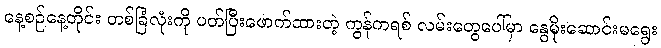
နေ့စဉ်နေ့တိုင်း တစ်ခြံလုံးကို ပတ်ပြီးဖောက်ထားတဲ့ ကွန်ကရစ် လမ်းတွေပေါ်မှာ နွေမိုးဆောင်းမရွေး